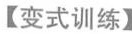
【变式训练】